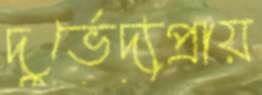
দুর্ভেদ্যপ্রায়